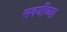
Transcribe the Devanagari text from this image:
सवयींच्या